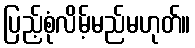
ပြည့်စုံလိမ့်မည်မဟုတ်။